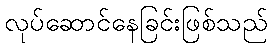
လုပ်ဆောင်နေခြင်းဖြစ်သည်